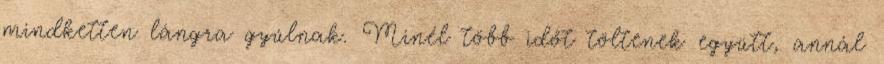
mindketten lángra gyúlnak. Minél több időt töltenek együtt, annál